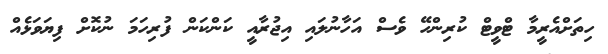
ހިތަށްއެރީމާ ޓްވީޓް ކުރިންހޭ ވެސް އަހާނުލައި އިޖުރާއީ ކަންކަން ފުރިހަމަ ނުކޮށް ފިޔަވަޅެއް